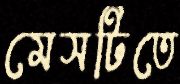
মেসটিতে